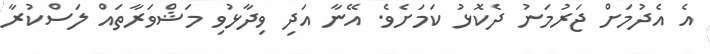
އެ އެދުމަށް ޖަރުމަނު ދެކޮޅު ކަމަށެވެ. އޭނާ އަދި ވިދާޅުވި މަޝްވަރާތައް ލަސްކުރާ